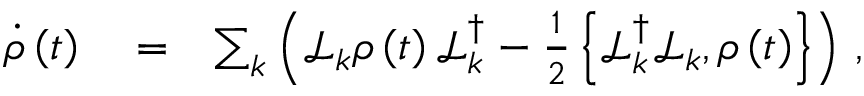
\begin{array} { r l r } { \dot { \rho } \left( t \right) } & { { } = } & { \sum _ { k } \left( \mathcal { L } _ { k } \rho \left( t \right) \mathcal { L } _ { k } ^ { \dagger } - \frac { 1 } { 2 } \left\{ \mathcal { L } _ { k } ^ { \dagger } \mathcal { L } _ { k } , \rho \left( t \right) \right\} \right) \, , } \end{array}